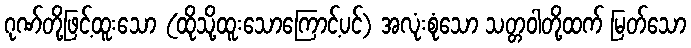
ဂုဏ်တို့ဖြင့်ထူးသော (ထိုသို့ထူးသောကြောင့်ပင်) အလုံးစုံသော သတ္တဝါတို့ထက် မြတ်သော